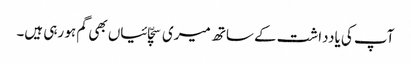
آپ کی یادداشت کے ساتھ میری سچّائیاں بھی گم ہو رہی ہیں۔